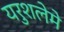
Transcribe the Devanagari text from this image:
यरुशलेमे